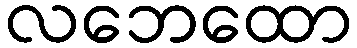
လဘေထော